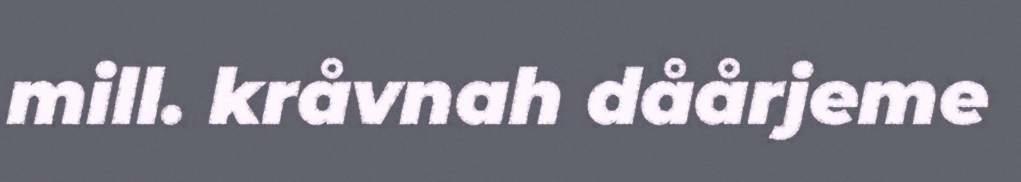
mill. kråvnah dåårjeme